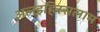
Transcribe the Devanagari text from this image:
अलइहिस्सलाम